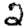
Digit: 2